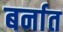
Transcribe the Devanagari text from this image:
बर्नात